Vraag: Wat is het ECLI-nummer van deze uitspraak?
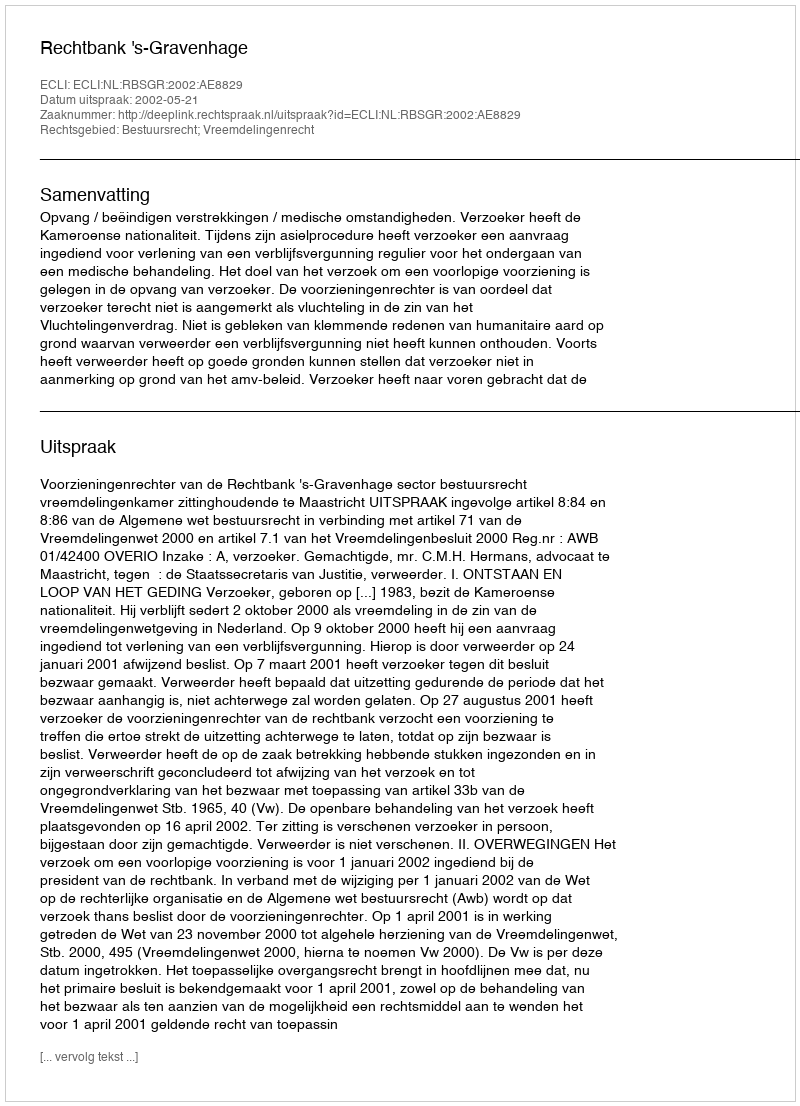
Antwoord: ECLI:NL:RBSGR:2002:AE8829